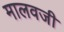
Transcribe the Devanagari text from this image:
मालवजी